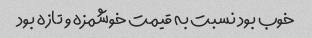
خوب بود نسبت به قیمت خوشمزه و تازه بود